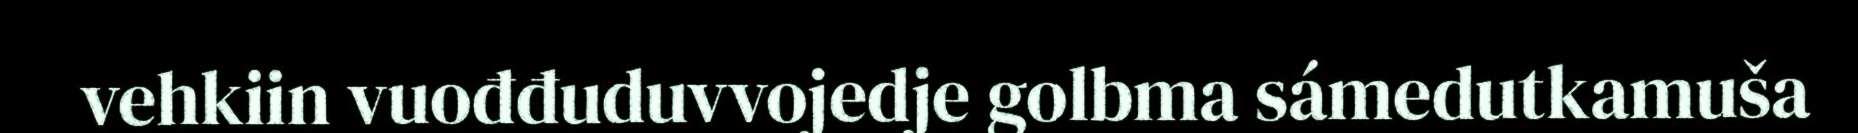
vehkiin vuođđuduvvojedje golbma sámedutkamuša